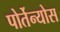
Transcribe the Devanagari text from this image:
पोर्तेन्योस